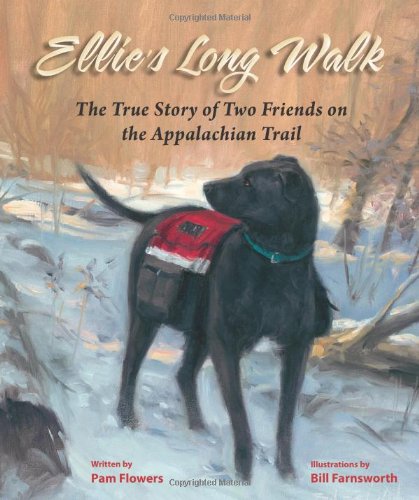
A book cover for Ellie's Long Walk: The True Story of Two Friends on the Appalachian Trail; Pam Flowers; Children's Books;